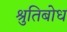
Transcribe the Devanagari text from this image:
श्रुतिबोध